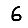
Digit: 6